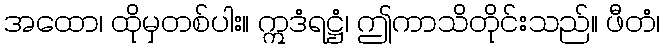
အထော၊ ထိုမှတစ်ပါး။ ဣဒံရဋ္ဌံ၊ ဤကာသိတိုင်းသည်။ ဖီတံ၊